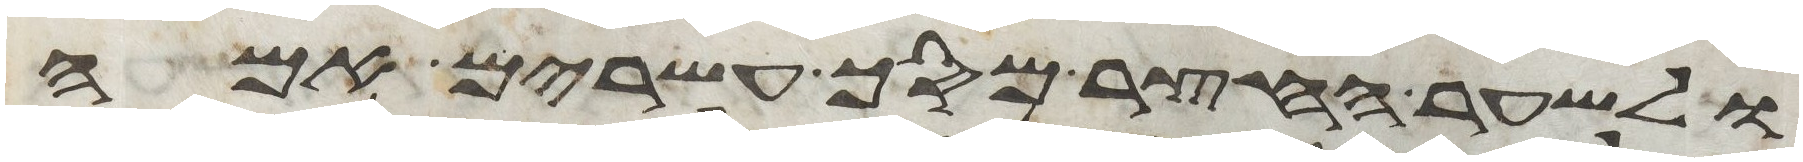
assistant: ולשער החצר מסך עשרים אמה